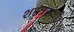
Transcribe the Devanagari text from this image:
शस्त्रसंधी